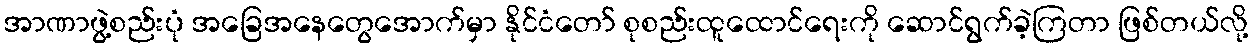
အာဏာဖွဲ့စည်းပုံ အခြေအနေတွေအောက်မှာ နိုင်ငံတော် စုစည်းထူထောင်ရေးကို ဆောင်ရွက်ခဲ့ကြတာ ဖြစ်တယ်လို့